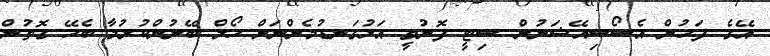
އޭގެ ފަހުން އެސޯސިއޭޝަނުން ސިޓީ ފޮނުވީ އަޅުގަނޑުމެންނަށް ހޯލް ބޭނުންކުރުމާ ބެހޭ ގޮތުން